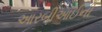
આરબીઆઈની